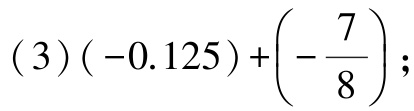
$(3)(-0.125)+\left(-\dfrac{7}{8}\right);$